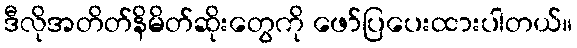
ဒီလိုအတိတ်နိမိတ်ဆိုးတွေကို ဖော်ပြပေးထားပါတယ်။